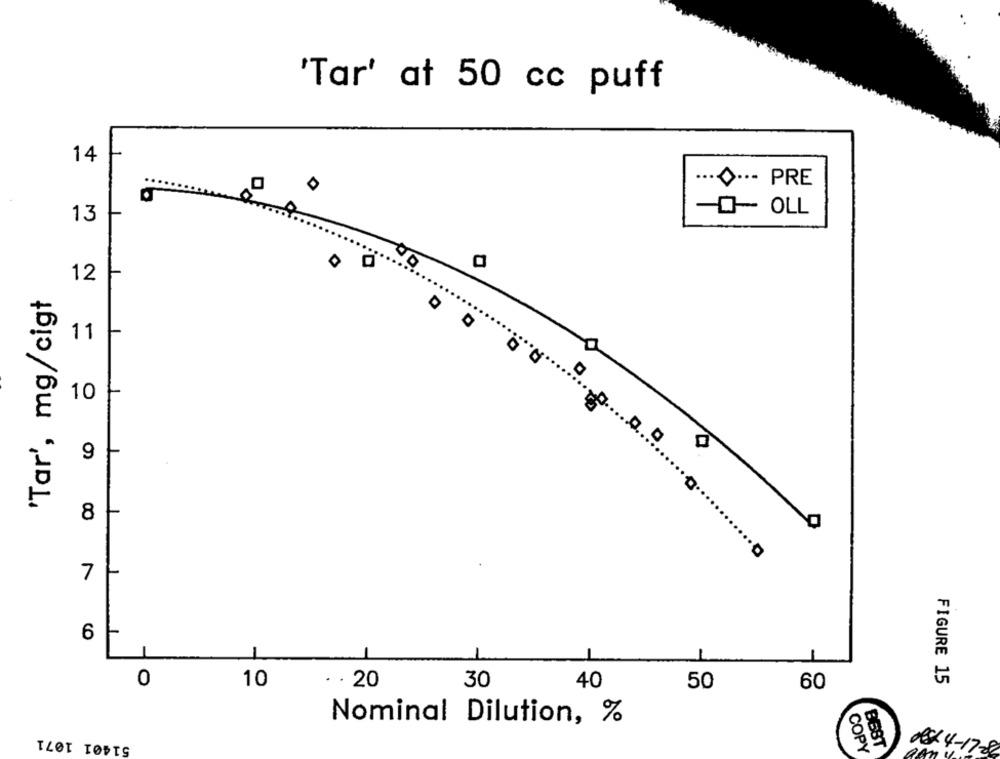
'Tar' at 50 cc puff
14
.....- PRE
0
-0 OLL
13
0
12
'Tar', mg/cigt
.....
11
10
9
0
8
7
6
0
10
. . 20
30
60
FIGURE 15
40
50
Nominal Dilution, %
51401 1071
COPY
BEST
08: 4-17-86